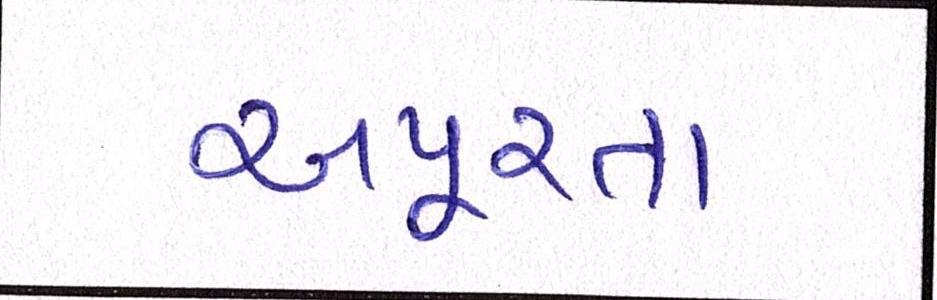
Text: અપૂરતા